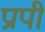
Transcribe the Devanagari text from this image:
प्रापी